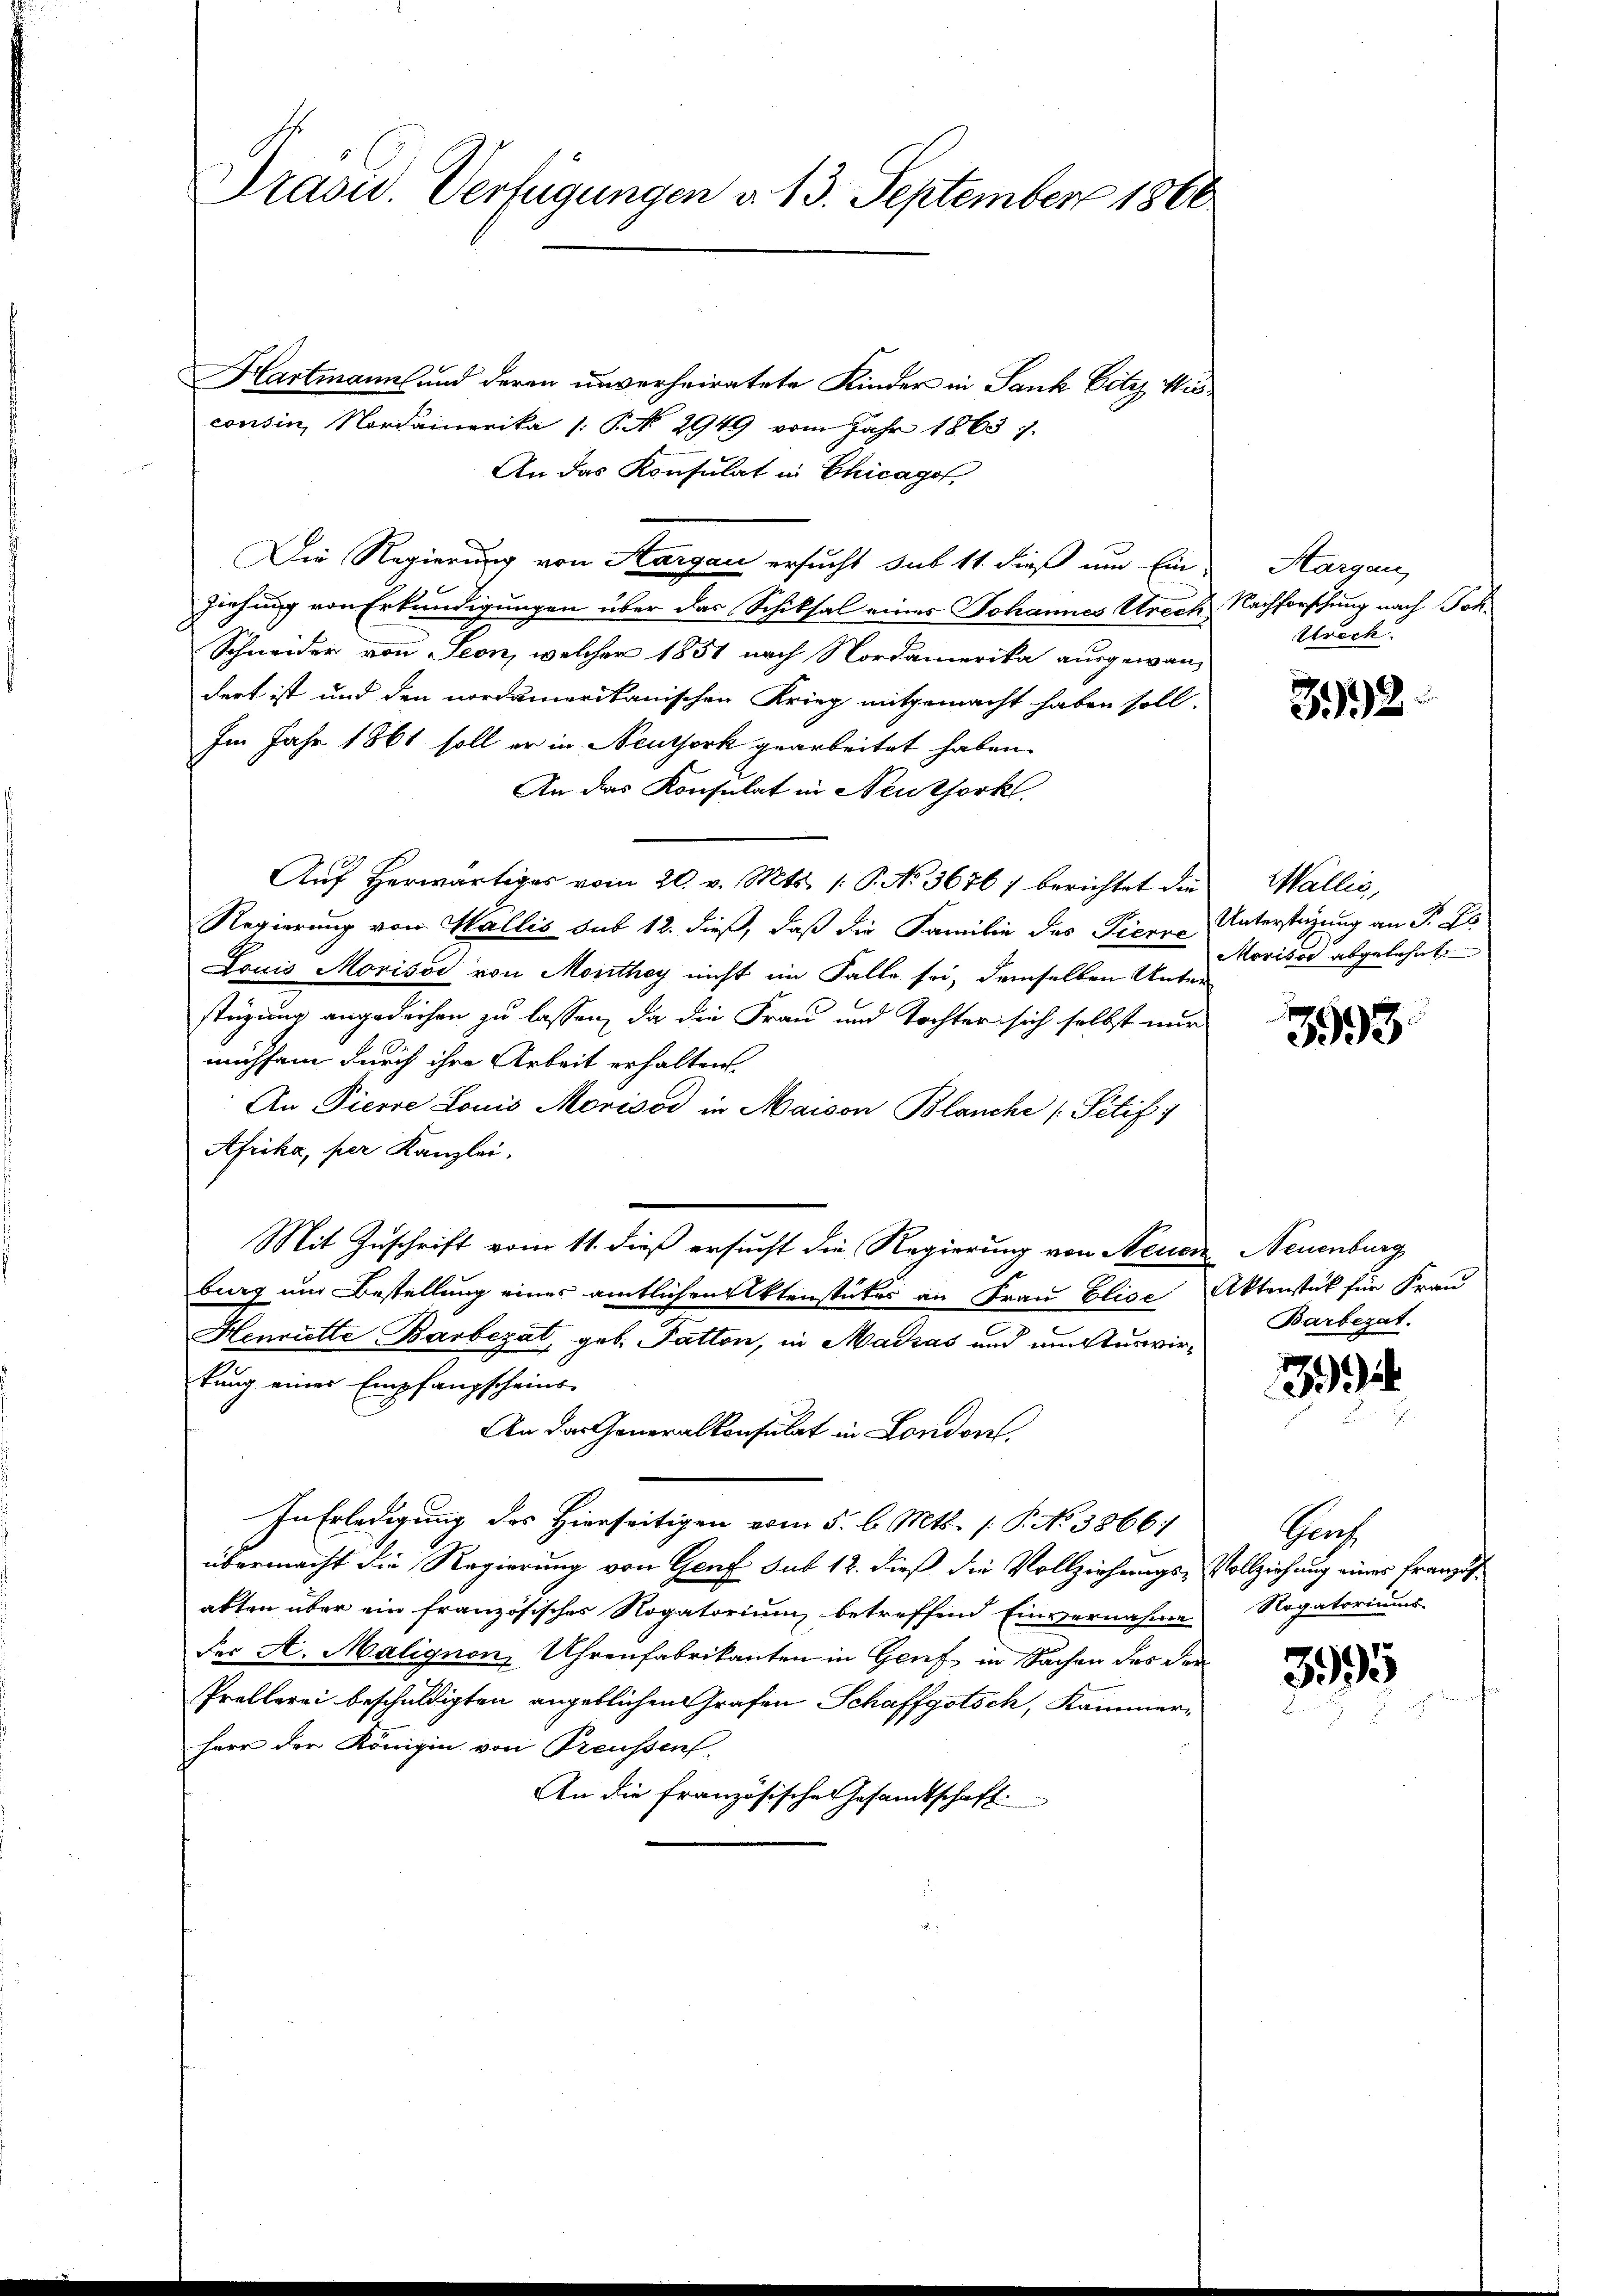
Präsid. Verfügungen v. 13. September 1860.

Hartmann und deren unverheiratete Kinder in Sank bitz Wisconsin, Nordamerika /: P. No 2949 vom Jahr 1863.
An das Konsulat in Chicago
Die Regierung von Aargau ersucht sub 11. dieß um Ein-
ziehung von Erkundigungen über das Schiksal eines Johannes Arech Nachforschung nach Joh¬
Schneider von Seon, welcher 1851 nach Nordamerika ausgewandert ist und den nordamerikanischen Krieg mitgemacht haben soll.
Im Jahr 1861 soll er in Neuthork gearbeitet haben.
An das Konsulat in Neutforkl.
Auf herwärtiges vom 20. v. Mts. 1. P. No 3676) berichtet die
Regierung von Wallis sub 12. dieß, daß die Familie des Pierre Unterstüzung an Sr. Es
Louis Morisos von Monthey nicht im Falle sei, demselben Unter-
stüzung angedeihen zu lassen, da die Frau und Tochter sich selbst nur
mühsam durch ihre Arbeit erhalten.
An Pierre Louis Morisod in Maison Blanche (Setif:
Afrika, per Kanzlei.
Mit Zuschrift vom 11. dieß ersucht die Regierung von Neuen Neuenburg
burg und Bestellung eines amtlichen Aktenstückes an Frau Elise Aktenstück für Frau
Henriette Barbezat geb. Fatton, in Madrás und umsturwirkung eines Empfangscheins-
An das Generalkonsulat in London,
In Erledigung des Hierseitigen vom 5. b. Mts. (: P. No 3866/
übermacht die Regierung von Genf sub 12. dieß die Vollziehungs-Vollziehung eines Franzisakten über ein französisches Rogatorium, betreffend Einvernahme
Der A. Malignon, Uhrenfabrikanten in Genf in Sachen des der
Prellerei beschuldigten angeblichen Grafen Schaffgotsch, Kammerherr der Königin von Preussen.
An die französische Gesamtschaft

Margau,
Urech

392

Wallis,
Morisse abgelehnt

3593

Barbezat.

3

Prof
Rogatoriums

395